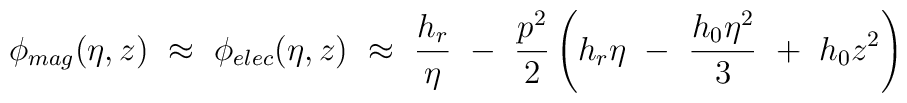
\phi_{mag} (\eta,z) ~\approx~ \phi_{elec} (\eta,z) ~\approx~ \frac {h_{r}} \eta ~-~ \frac{p^2}{2} \left( h_{r} \eta ~-~ \frac{h_{0} \eta^2}{3} ~+~ h_{0} z^2 \right)